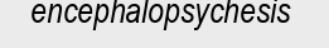
encephalopsychesis